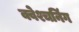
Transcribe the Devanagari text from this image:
क्वेश्चनिंग